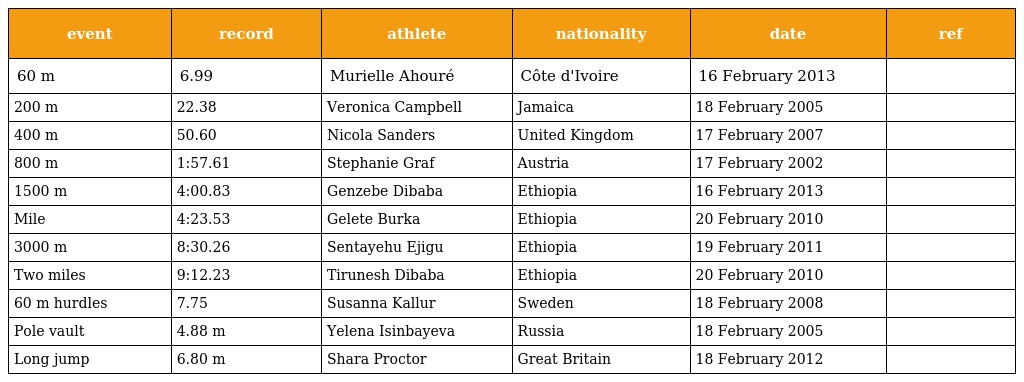
| event | record | athlete | nationality | date | ref |
 | --- | --- | --- | --- | --- | --- |
 | 60 m | 6.99 | Murielle Ahouré | Côte d'Ivoire | 16 February 2013 |  |
 | 200 m | 22.38 | Veronica Campbell | Jamaica | 18 February 2005 |  |
 | 400 m | 50.60 | Nicola Sanders | United Kingdom | 17 February 2007 |  |
 | 800 m | 1:57.61 | Stephanie Graf | Austria | 17 February 2002 |  |
 | 1500 m | 4:00.83 | Genzebe Dibaba | Ethiopia | 16 February 2013 |  |
 | Mile | 4:23.53 | Gelete Burka | Ethiopia | 20 February 2010 |  |
 | 3000 m | 8:30.26 | Sentayehu Ejigu | Ethiopia | 19 February 2011 |  |
 | Two miles | 9:12.23 | Tirunesh Dibaba | Ethiopia | 20 February 2010 |  |
 | 60 m hurdles | 7.75 | Susanna Kallur | Sweden | 18 February 2008 |  |
 | Pole vault | 4.88 m | Yelena Isinbayeva | Russia | 18 February 2005 |  |
 | Long jump | 6.80 m | Shara Proctor | Great Britain | 18 February 2012 |  |